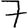
Digit: 7